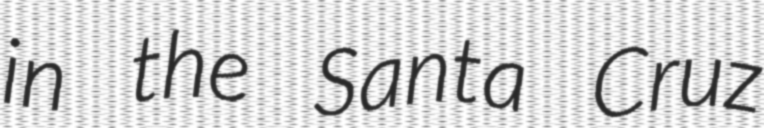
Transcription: in the Santa Cruz